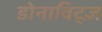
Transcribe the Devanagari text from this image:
डोनाविट्ज़